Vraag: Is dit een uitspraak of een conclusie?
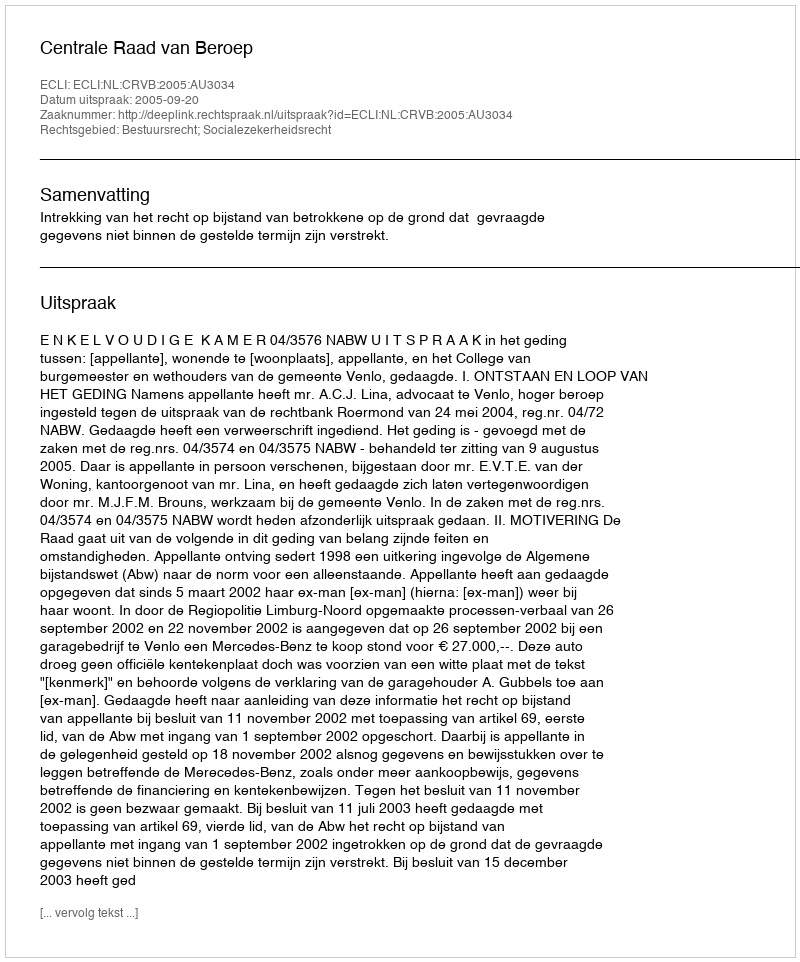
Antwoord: Uitspraak